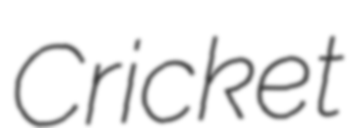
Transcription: Cricket